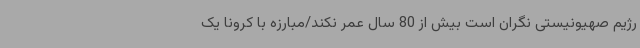
رژیم صهیونیستی نگران است بیش از 80 سال عمر نکند/مبارزه با کرونا یک